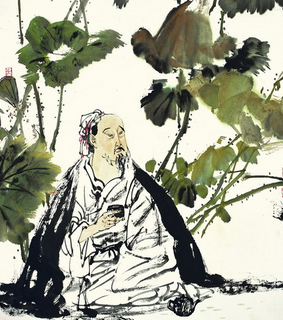
北极怀明主，南溟作逐臣。